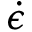
\dot { \epsilon }